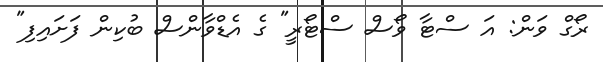
ރޯގް ވަން: އަ ސްޓާ ވޯސް ސްޓޯރީ" ގެ އެޑްވާންސް ބުކިން ފަށައިފި"